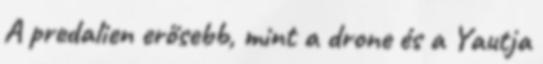
A predalien erősebb, mint a drone és a Yautja